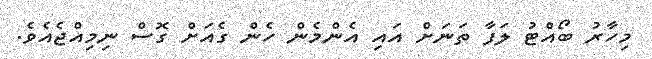
މިހާރު ބޯއްޓު ލަފާ ތަނަށް އައި އެންމެން ހެން ގެއަށް ގޮސް ނިމިއްޖެއެވެ.